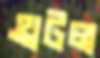
থ্রটল